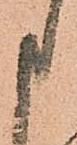
申